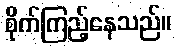
စိုက်ကြည့်နေသည်။